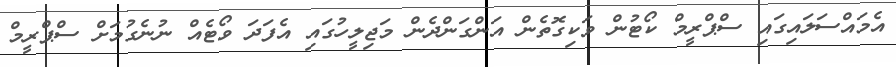
އެމައްސަލައިގައި ސްޕްރީމް ކޯޓުން ވަކިގޮތެން އަންގަންދެން މަޖިލީހުގައި އެފަދަ ވޯޓެއް ނުނެގުމަށް ސްޕްރީމް